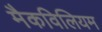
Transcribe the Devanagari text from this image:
मैकविलियम